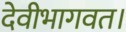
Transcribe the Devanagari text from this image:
देवीभागवत।